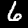
Digit: 6